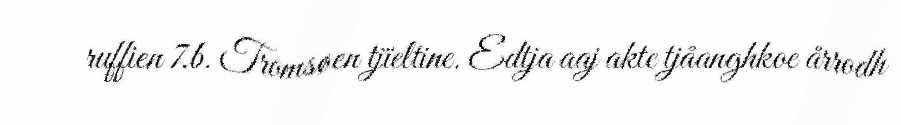
ruffien 7.b. Tromsøen tjïeltine. Edtja aaj akte tjåanghkoe årrodh